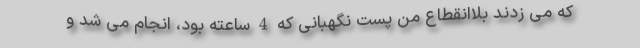
که می زدند بلاانقطاع من پست نگهبانی که 4 ساعته بود، انجام می شد و